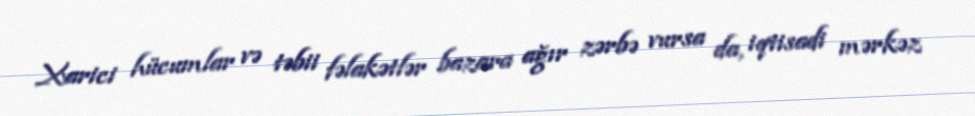
Xarici hücumlar və təbii fəlakətlər bazara ağır zərbə vursa da, iqtisadi mərkəz